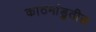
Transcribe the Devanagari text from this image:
काठमांडुतील